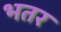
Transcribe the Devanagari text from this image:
भतर